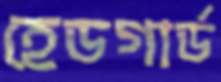
হেডগার্ড